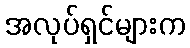
အလုပ်ရှင်များက